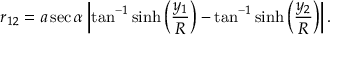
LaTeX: r _ { 1 2 } = a \sec \alpha \left| \tan ^ { - 1 } \sinh \left( { \frac { y _ { 1 } } { R } } \right) - \tan ^ { - 1 } \sinh \left( { \frac { y _ { 2 } } { R } } \right) \right| .